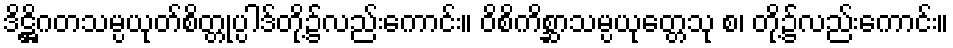
ဒိဋ္ဌိဂတသမ္ပယုတ်စိတ္တုပ္ပါဒ်တို့၌လည်းကောင်း။ ဝိစိကိစ္ဆာသမ္ပယုတ္တေသု စ၊ တို့၌လည်းကောင်း။